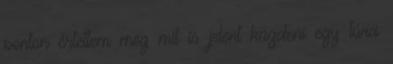
ponton értettem meg mit is jelent küzdeni egy túra